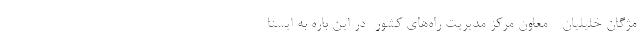
مژگان خلیلیان - معاون مرکز مدیریت راه‌های کشور- در این باره به ایسنا